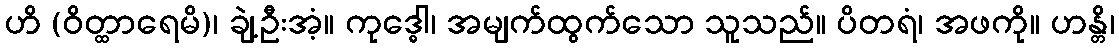
ဟိ (ဝိတ္ထာရေမိ)၊ ချဲ့ဦးအံ့။ ကုဒ္ဓေါ၊ အမျက်ထွက်သော သူသည်။ ပိတရံ၊ အဖကို။ ဟန္တိ၊